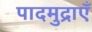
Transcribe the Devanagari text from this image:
पादमुद्राएँ